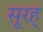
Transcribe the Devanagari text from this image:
सूरह्